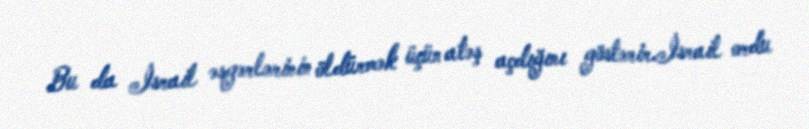
Bu da İsrail əsgərlərinin öldürmək üçün atəş açdığını göstərir.İsrail ordu